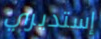
إستديري